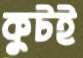
কুটই